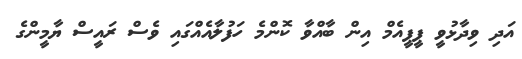
އަދި ވިދާޅުވީ ޕީޕީއެމް އިން ބާއްވާ ކޮންމެ ހަފުލާއެއްގައި ވެސް ރައީސް ޔާމީންގެ